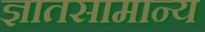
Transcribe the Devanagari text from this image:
ज्ञातसामान्य